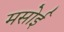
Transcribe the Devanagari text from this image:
मसोई